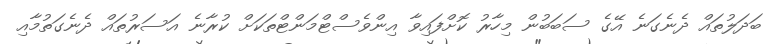
ބަދަލުތައް ދެނެގަނެ އޭގެ ސަބަބުން މިހާރު ކޮށްފައިވާ އިންވެސްޓްމަންޓްތަކަށް ކުރާނެ އަސަރުތައް ދެނެގަތުމާއި